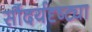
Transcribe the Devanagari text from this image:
सौंदर्यदृष्ट्या